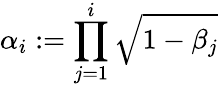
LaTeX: \alpha_{i}:=\prod_{j=1}^{i}\sqrt{1-\beta_{j}}